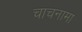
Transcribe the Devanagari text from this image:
चाचनामा